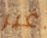
غير